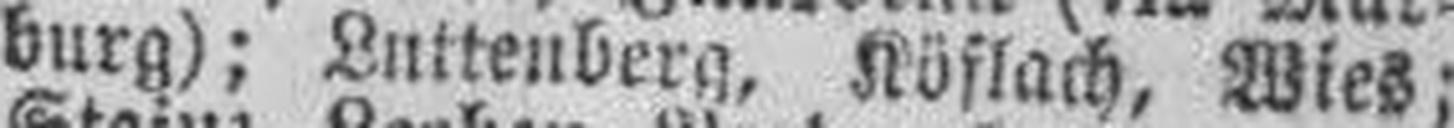
burg); Luttenberg, Köflach, Wies;